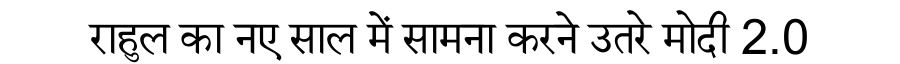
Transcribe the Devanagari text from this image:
राहुल का नए साल में सामना करने उतरे मोदी 2.0